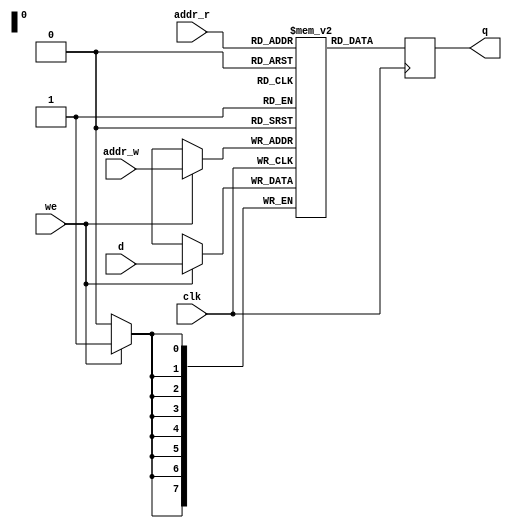
module memory
#(
	parameter AddrWidth = 8,
	parameter DataWidth = 8
)
(
	input clk,
	input [AddrWidth-1:0] addr_r, addr_w,
	input we,
	input [DataWidth-1:0] d,
	output reg [DataWidth-1:0] q
);

reg [DataWidth-1:0] mem[(1<<AddrWidth)-1:0];

always @(posedge clk)
begin
	q <= mem[addr_r];
	if (we)
		mem[addr_w] <= d;
end

endmodule